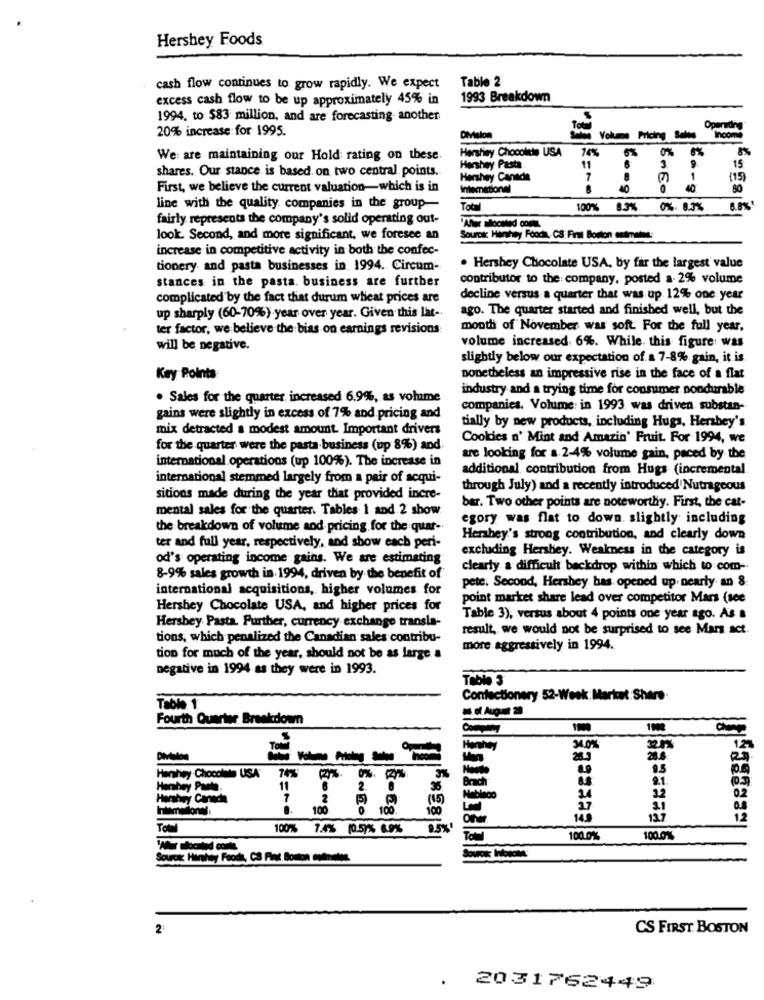
Hershey Foods
Table 2
cash flow continues to grow rapidly. We expect
excess cash flow to be up approximately 45% in
1993 Breakdown
1994. to $83 million, and are forecasting another
20% increase for 1995.
Operding
DMelon
Vokane Pricing Sales
Hershiny Chocolthe USA
16%
6%
0%
We: are maintaining our Hold rating on these.
15
shares. Our stance is based on two central points.
Hershey Pasta
11
3
9.
Hershey Canada
7
1
(15)
First, we believe the current valuation-which is in
Intemational
40
line with the quality companies in the group-
Total
100%
8.3%
0%. 0.3%
8.8%
fairly represents the company's solid operating out-
look. Second, and more significant, we foresee an
Source: Hanhey Foods, CS First Boston admins
increase in competitive activity in both the confec-
tionery and pasta businesses in 1994. Circum-
. Hershey Chocolate USA, by far the largest value
stances in the pasta. business are further
contributor to the company, posted a- 2% volume
complicated by the fact that durum wheat prices are
decline versus a quarter that was up 12% one year
ago. The quarter started and finished well, but the
up sharply (60-70%) year over year. Given this lat-
ter factor, we believe the bias on earnings revisions:
month of November was soft For the full year.
volume increased. 6%. While. this figure was
will be negative.
slightly below our expectation of a 7-8% gain, it is
Key Points
nonetheless an impressive rise in the face of a flat
industry and a trying time for consumer nondurable
. Sales for the quarter increased 6.9%, as volume
companies. Volume: in 1993 was driven substan-
gains were slightly in excess of 7% and pricing and
mix detracted a modest amount. Important drivers
tially by new products, including Hugs, Hershey's
Cookies n' Mint and Amazin' Fruit. For 1994, we
for the quarter were the pasta business (up 8%) and
international operations (up 100%). The increase in
are looking for a 2-4% volume gain, paced by the
additional contribution from Hugs (incremental
international stemmed largely from a pair of acqui-
through July) and a recently introduced Nutrageous
sitions made during the year that provided incre-
mental sales for the quarter. Tables 1 and 2 show.
bar. Two other points are noteworthy. First, the cat-
egory was flat to down. slightly including
the breakdown of volume and pricing for the quar-
Hershey's strong contribution, and clearly down
ter and full year, respectively, and show each peri-
excluding Hershey. Weakness in the category is
od's operating income gains. We are estimating
clearly a difficult backdrop within which to com-
8-9% sales growth in 1994, driven by the benefit of
international acquisitions, higher volumes for
pete. Second, Hershey has opened up nearly an 8
point market share lead over competitor Mars (see
Hershey Chocolate USA, and higher prices for
Table 3), versus about 4 points one year ago. As a
Hershey Pasta. Further, currency exchange transla-
result, we would not be surprised to see Mars act.
tions, which penalized the Canadian sales contribu-
more aggressively in 1994.
tion for much of the year, should not be as large a
negative in 1994 as they were in 1993.
Confectionery 52-Week: Market Share.
Tool. 1
Fourth Quarter Breakdown
12
28.3
20.6
9.5
Herhey Chocolate USA
74%
3%
9.1.
2.
36.
Hershey Canada
2
(15)
Mobileco
24
0.2
100
100
100
2.7
31
145
127
12
100% 7.4% (0.5)% 6.9%
TO
100.0%
100.0%
Sourcakt Hiriy Food, CS Fint Bomon outnotes.
Source: howcm
2:
CS FIRST BOSTON
.
2031762449